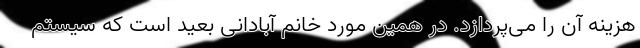
هزینه آن را می‌پردازد. در همین مورد خانم آبادانی بعید است که سیستم